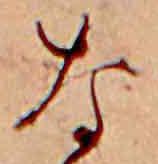
な